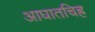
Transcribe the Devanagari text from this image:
आघातचिह्र